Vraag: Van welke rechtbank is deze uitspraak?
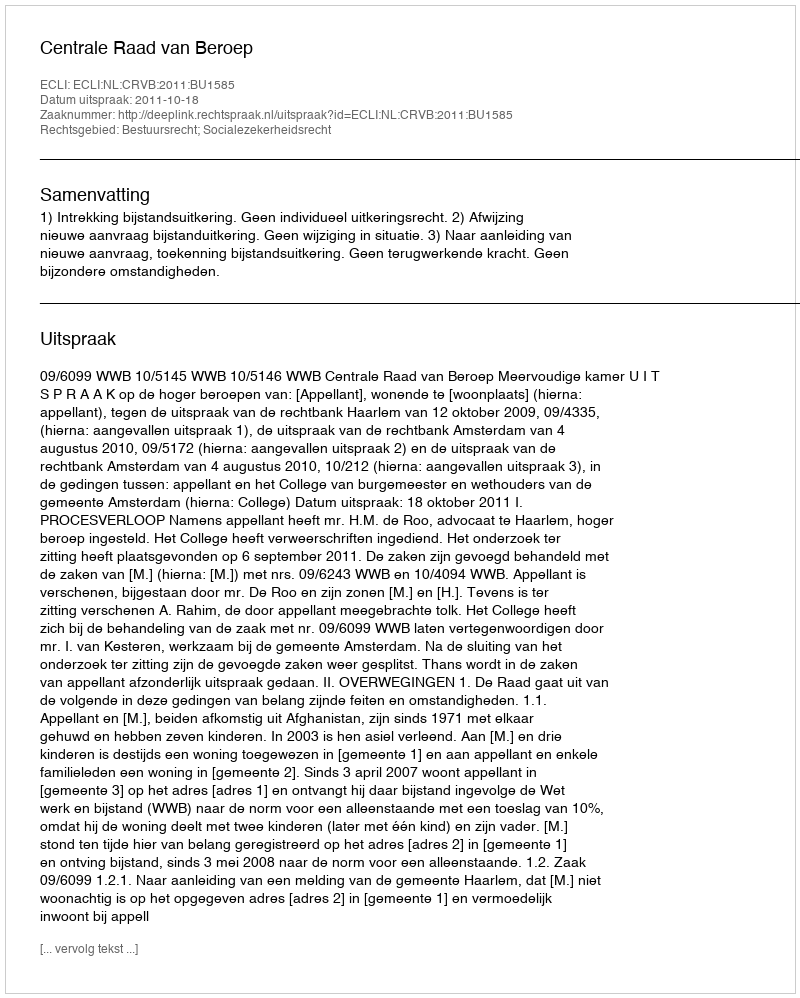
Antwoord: Centrale Raad van Beroep